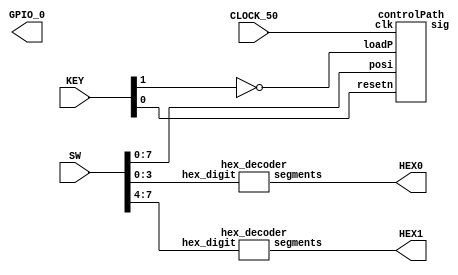
`timescale 1ns / 1ns 

module PWM(
	input CLOCK_50,
	input [3:0] KEY,
	input [9:0] SW,
	output [6:0] HEX0,
	output [6:0] HEX1,
	output [35:0] GPIO_0);
	
	controlPath control(
						.clk(CLOCK_50),
						.resetn(KEY[0]),
						.loadP(~KEY[1]),
						.posi(SW[7:0]),
						.sig(GPIO_0[33]));
						
	hex_decoder hexd0(
					.hex_digit(SW[3:0]),
					.segments(HEX0));
					
	hex_decoder hexd1(
					.hex_digit(SW[7:4]),
					.segments(HEX1));

endmodule 



module controlPath(
	input clk,
	input resetn,
	input loadP,
	input [7:0] posi,
	output reg sig);
	
	reg [2:0] current;
	reg [2:0] next;
	reg clear;
	reg [20:0] count; //21 bit counter for pulse control
	reg loadPos;
	
	reg [20:0] pulseWidth;
	wire [20:0] GNDWidth;
	
	assign GNDWidth = 21'd1000000 - pulseWidth;
	
	localparam reset = 3'd0,
			   load  = 3'd1,
			   lwait = 3'd2,
			   GND   = 3'd3,
			   pulse = 3'd4;
			   
	always@(posedge clk)
	begin
			if (resetn == 1'b0)
				current <= reset;
			else 
				current <= next;
	end
	
	
	//counter
	always@(posedge clk)
	begin
			if(resetn == 1'b0 | clear == 1'b1)
				count <= 21'd0;
			else
				count <= count + 1'b1;
	end
	
	
	//state table
	always@(*)
	begin
			clear = 1'b0;
			case(current)
				reset: begin 
						next = (resetn) ? load : resetn;
						clear = 1'b1;
					   end
					   
				load: begin
						if(resetn == 0) next = reset;
						else if(loadP == 0) next = load;
						else next = lwait;
					  end
						
				lwait: begin
						if(resetn == 0) next = reset;
						else if (loadP == 1'b1) next = lwait;
						else begin 
								next = GND;
								clear = 1'b1;
							 end
					   end
				
				GND: begin
						if(resetn == 0) next = reset;
						else if(count != GNDWidth) next = GND;
						else begin
								next = pulse;
								clear = 1'b1;
							 end
					 end
				
				pulse: begin
						if(resetn == 0) next = reset;
						else if (count != pulseWidth) next = pulse; //this number decide the signal
						else begin                                 //75000 x 20ns = 1.5ms -> 50% position
								next = GND;
								clear = 1'b1;
							 end
					   end
				default: next = reset;
			endcase
	end
	
	
	always@(*)
	begin 
			loadPos = 1'b0;
			case(current)
				reset: sig = 1'b0;
				lwait: loadPos = 1'b1;
				GND: sig = 1'b0;
				pulse: sig = 1'b1;
				default: sig = 1'b0;
			endcase
	end
	
	always@(*)                                                //servo EMAX ES08MAII
	begin                                                     //travel 1.5ms - 1.9ms
			if(loadPos == 1'b1)
				pulseWidth <= 21'd40000 + posi * 21'd400;
	end                   //lowest point 
	
	
endmodule



module hex_decoder(hex_digit, segments);
    input [3:0] hex_digit;
    output reg [6:0] segments;
   
    always @(*)
        case (hex_digit)
            4'h0: segments = 7'b100_0000;
            4'h1: segments = 7'b111_1001;
            4'h2: segments = 7'b010_0100;
            4'h3: segments = 7'b011_0000;
            4'h4: segments = 7'b001_1001;
            4'h5: segments = 7'b001_0010;
            4'h6: segments = 7'b000_0010;
            4'h7: segments = 7'b111_1000;
            4'h8: segments = 7'b000_0000;
            4'h9: segments = 7'b001_1000;
            4'hA: segments = 7'b000_1000;
            4'hB: segments = 7'b000_0011;
            4'hC: segments = 7'b100_0110;
            4'hD: segments = 7'b010_0001;
            4'hE: segments = 7'b000_0110;
            4'hF: segments = 7'b000_1110;   
            default: segments = 7'h7f;
        endcase
endmodule